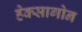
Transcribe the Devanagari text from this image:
हेक्सागोन